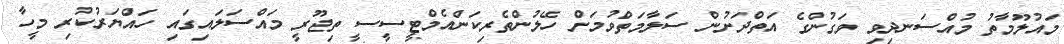
މައުލޫމާތު މުއްސަނދިވި ވަގުންގެ އަތްދަށުން ސަލާމަތްވުމަށް ހޭލުންތެރިކަންއެމްޓީސީސީ ތިޖޫރީ މައްސަލައިގައި ހައްޔަރުކުރި މީހާ